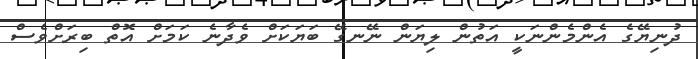
ދުނިޔޭގެ އެންމެންނަކީ އަތުން ލިޔަން ނޭނގޭ ބަޔަކަށް ވެދާނެ ކަމަށް އޮތް ބިރަށްވެސް